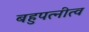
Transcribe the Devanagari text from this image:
बहुपत्‍नीत्व